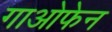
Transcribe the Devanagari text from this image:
गाओफेन